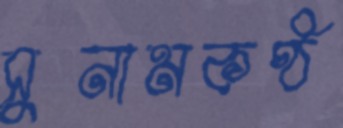
সুনামকণ্ঠ